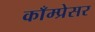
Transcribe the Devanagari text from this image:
काँम्प्रेसर